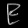
Digit: ၉